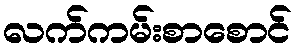
လက်ကမ်းစာစောင်